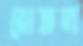
বোতল